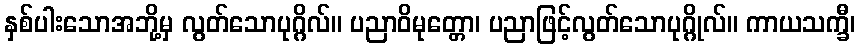
နှစ်ပါးသောအဘို့မှ လွတ်သောပုဂ္ဂိလ်။ ပညာဝိမုတ္တော၊ ပညာဖြင့်လွတ်သောပုဂ္ဂိုလ်။ ကာယသက္ခီ၊